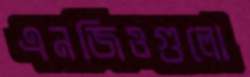
এনজিওগুলো